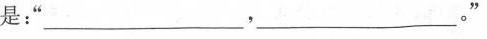
是：”___，___。”